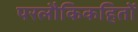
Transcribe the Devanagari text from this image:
परलौकिकहितों